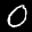
Label: 0